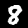
Digit: 8